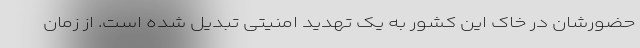
حضورشان در خاک این کشور به یک تهدید امنیتی تبدیل شده است. از زمان